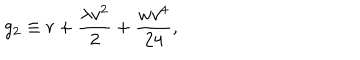
g _ { 2 } \equiv r + \frac { \lambda v ^ { 2 } } { 2 } + \frac { w v ^ { 4 } } { 2 4 } ,